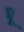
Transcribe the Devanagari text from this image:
र्पू